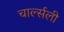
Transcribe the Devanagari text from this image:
चार्ल्सली